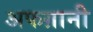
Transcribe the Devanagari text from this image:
अफग़ानी